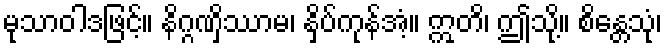
မုသာဝါဒဖြင့်။ နိဂ္ဂဏှိဿာမ၊ နှိပ်ကုန်အံ့။ ဣတိ၊ ဤသို့။ စိန္တေသုံ၊